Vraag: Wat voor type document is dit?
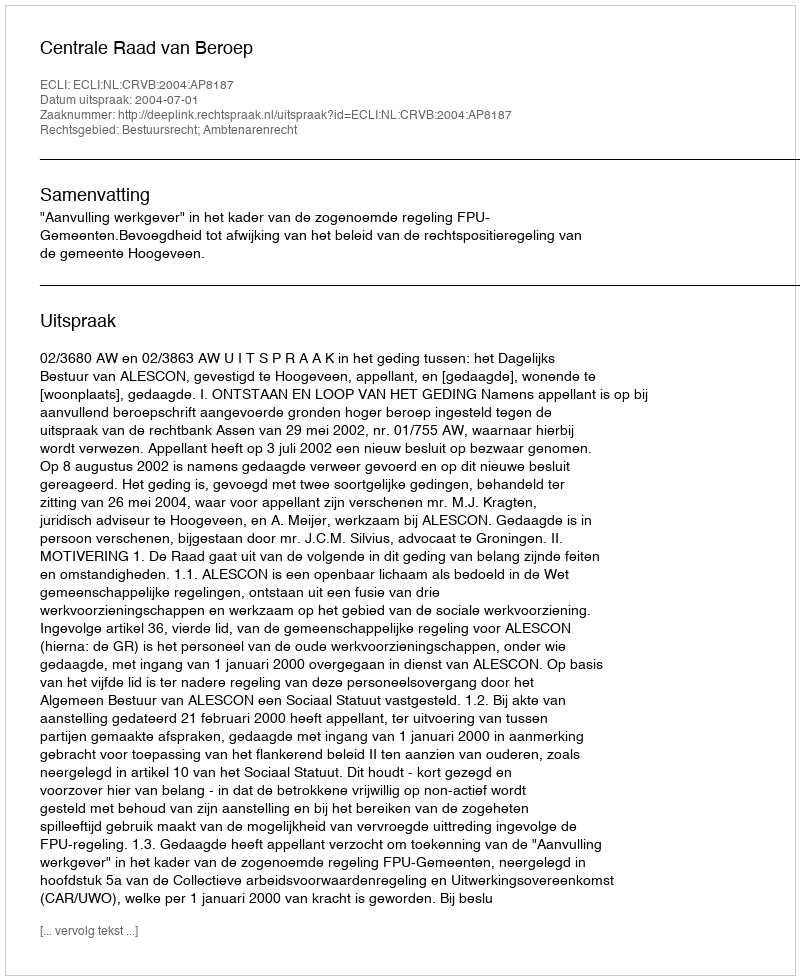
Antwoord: Uitspraak